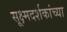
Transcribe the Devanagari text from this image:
सूक्ष्मदर्शकांच्या